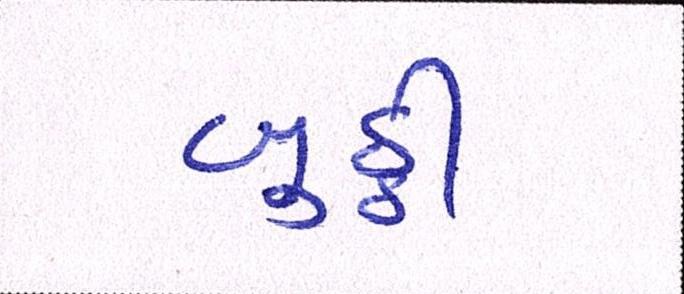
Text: બુઠ્ઠી